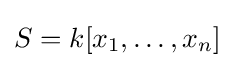
S=k[x_{1},\dots ,x_{n}]